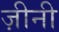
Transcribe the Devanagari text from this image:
ज़ीनी